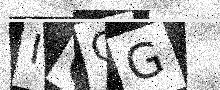
Text: IOOG